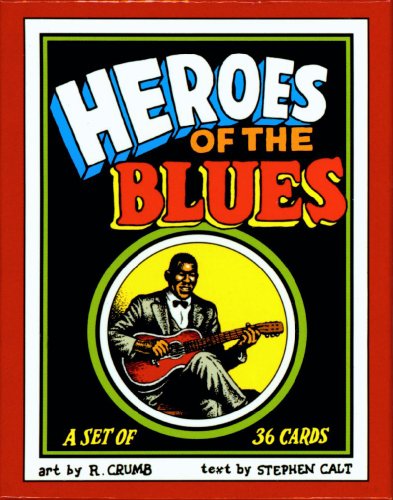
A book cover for Heroes of the Blues Boxed Trading Card Set by R. Crumb; Robert Crumb; Comics & Graphic Novels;